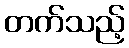
တက်သည့်